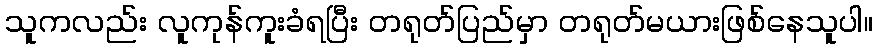
သူကလည်း လူကုန်ကူးခံရပြီး တရုတ်ပြည်မှာ တရုတ်မယားဖြစ်နေသူပါ။